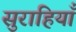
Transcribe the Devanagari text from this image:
सुराहियाँ